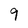
Character: 9